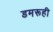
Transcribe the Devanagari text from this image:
डमरूही